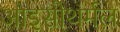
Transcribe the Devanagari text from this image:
आइसोथर्मल